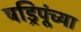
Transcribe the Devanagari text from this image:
षड्रिपूंच्या